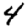
Digit: 4